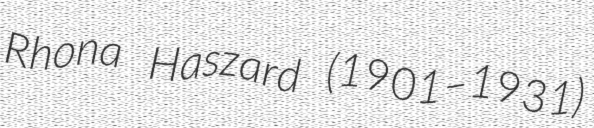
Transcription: Rhona Haszard (1901–1931)